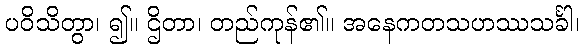
ပဝိသိတွာ၊ ၍။ ဌိတာ၊ တည်ကုန်၏။ အနေကတသဟဿသင်္ခါ၊